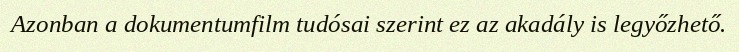
Azonban a dokumentumfilm tudósai szerint ez az akadály is legyőzhető.